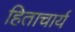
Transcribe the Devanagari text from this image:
हिताचार्य